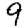
Digit: 9